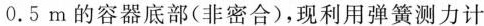
0 . 5 m$$的容器底部(非密合)，现利用弹簧测力计